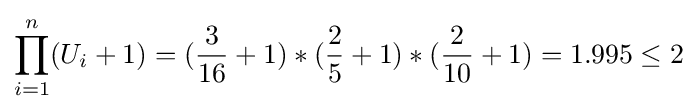
\prod _{i=1}^{n}(U_{i}+1)=({\frac {3}{16}}+1)*({\frac {2}{5}}+1)*({\frac {2}{10}}+1)=1.995\leq 2